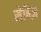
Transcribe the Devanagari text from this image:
सेबिज़